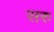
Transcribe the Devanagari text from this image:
सरु